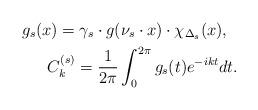
LaTeX: \begin{align*}g_s(x)=\gamma_s\cdot g(\nu_s\cdot x)\cdot \chi_{\Delta_s}(x),\ \ \\ C_k^{(s)}={\frac {1} {2\pi}}\int_0^{2\pi} g_s(t)e^{-ikt}dt .\end{align*}